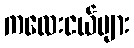
ကလေးငယ်များ